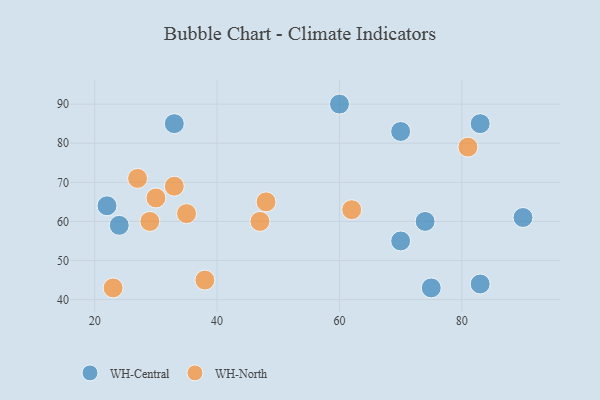
{"axis": {"x": "GDP", "y": "Life Expectancy"}, "legend": ["WH-Central", "WH-North"], "data": [{"x": "90", "y": 61, "type": "WH-Central"}, {"x": "83", "y": 44, "type": "WH-Central"}, {"x": "22", "y": 64, "type": "WH-Central"}, {"x": "75", "y": 43, "type": "WH-Central"}, {"x": "83", "y": 85, "type": "WH-Central"}, {"x": "70", "y": 55, "type": "WH-Central"}, {"x": "60", "y": 90, "type": "WH-Central"}, {"x": "70", "y": 83, "type": "WH-Central"}, {"x": "74", "y": 60, "type": "WH-Central"}, {"x": "33", "y": 85, "type": "WH-Central"}, {"x": "24", "y": 59, "type": "WH-Central"}, {"x": "27", "y": 71, "type": "WH-North"}, {"x": "30", "y": 66, "type": "WH-North"}, {"x": "62", "y": 63, "type": "WH-North"}, {"x": "33", "y": 69, "type": "WH-North"}, {"x": "23", "y": 43, "type": "WH-North"}, {"x": "48", "y": 65, "type": "WH-North"}, {"x": "35", "y": 62, "type": "WH-North"}, {"x": "47", "y": 60, "type": "WH-North"}, {"x": "81", "y": 79, "type": "WH-North"}, {"x": "38", "y": 45, "type": "WH-North"}, {"x": "29", "y": 60, "type": "WH-North"}]}